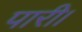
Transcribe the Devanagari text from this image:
पारी।